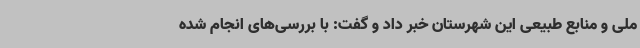
ملی و منابع طبیعی این شهرستان خبر داد و گفت: با بررسی‌های انجام شده